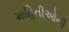
માહિતીઓની